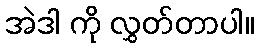
အဲဒါ ကို လွှတ်တာပါ။